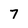
Character: 7